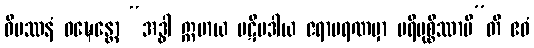
ဝိပဿနံ ဝဍ္ဎေန္တော “အဒ္ဓါ ဣမာယ ပဋိပဒါယ ဇရာမရဏမှာ ပရိမုစ္စိဿာမီ”တိ ဧဝံ